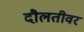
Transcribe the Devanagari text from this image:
दौलतीवर